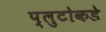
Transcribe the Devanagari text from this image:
प्लुटोकडे